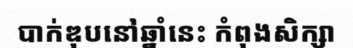
បាក់ឌុបនៅឆ្នាំនេះ កំពុងសិក្សា